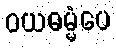
ဝယဓမ္မံပေ